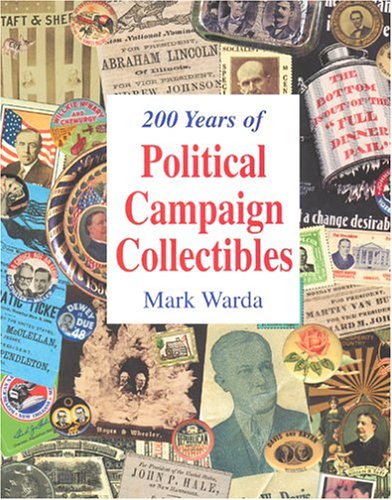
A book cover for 200 Years of Political Campaign Collectibles; Mark Warda; Crafts, Hobbies & Home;